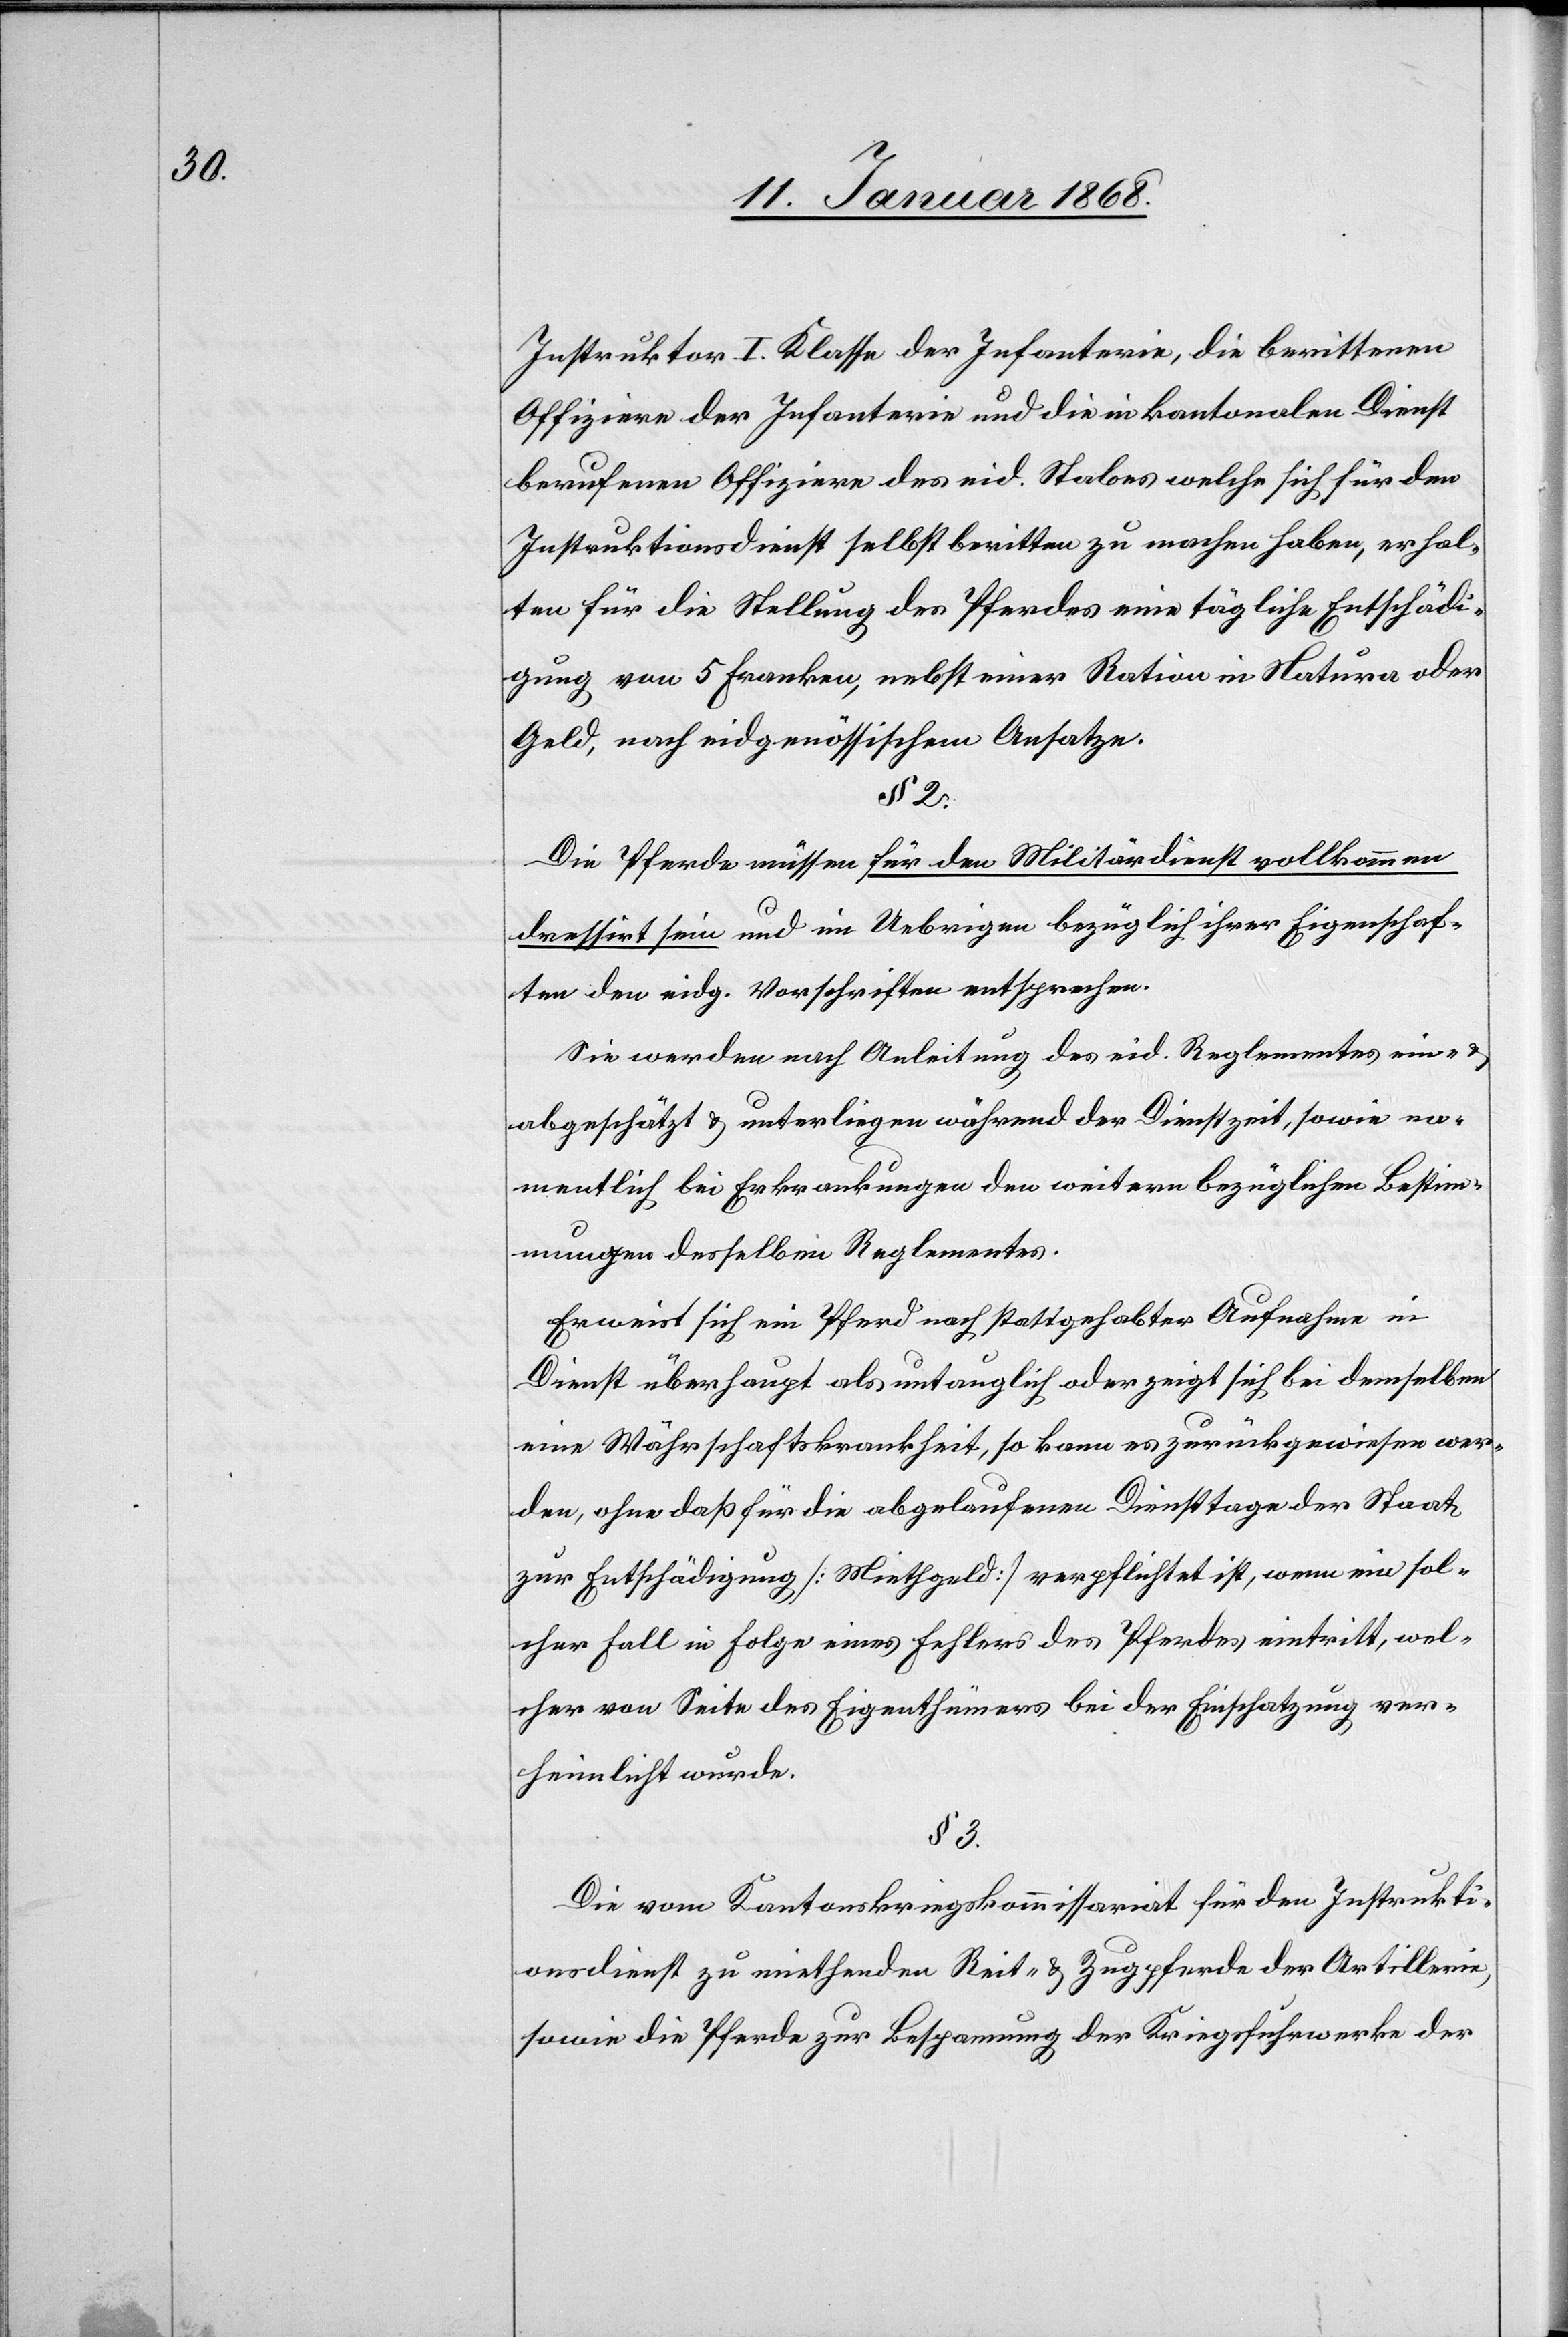
Instruktor I. Klasse der Infanterie, die berittenen
Offiziere der Infanterie und die in kantonalen Dienst
berufenen Offiziere des eid. Stabes welche sich für den
Instruktionsdienst selbst beritten zu machen haben, erhal¬
ten für die Stellung des Pferdes eine tägliche Entschädi¬
gung von 5 Franken, nebst einer Ration in Natura oder
Geld, nach eidgenössischem Ansatze.
§ 2.
Die Pferde müssen für den Militärdienst vollkommen
dressirt sein und im Uebrigen bezüglich ihrer Eigenschaf¬
ten den eidg. Vorschriften entsprechen.
Sie werden nach Anleitung des eid. Reglementes ein- &
abgeschätzt & unterliegen während der Dienstzeit, sowie na¬
mentlich bei Erkrankungen den weitern bezüglichen Bestim¬
mungen desselben Reglementes.
Erweist sich ein Pferd nach stattgehabter Aufnahme in
Dienst überhaupt als untauglich oder zeigt sich bei demselben
eine Währschaftskrankheit, so kann es zurückgewiesen wer¬
den, ohne daß für die abgelaufenen Diensttage der Staat
zur Entschädigung [Miethgeld] verpflichtet ist, wenn ein sol¬
cher Fall in Folge eines Fehlers des Pferdes eintritt, wel¬
cher von Seite des Eigenthümers bei der Einschatzung ver¬
heimlicht wurde.
§ 3.
Die vom Kantonskriegskommissariat für den Instrukti¬
onsdienst zu miethenden Reit- & Zugpferde der Artillerie,
sowie die Pferde zur Bespannung der Kriegsfuhrwerke der